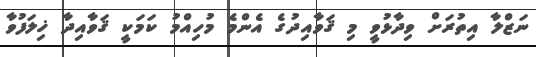
ނަޒްލާ އިތުރަށް ވިދާޅުވީ މި ޤަވާއިދުގެ އެންމެ މުހިއްމު ކަމަކީ ޤަވާއިދާ ޚިލަފުވާ